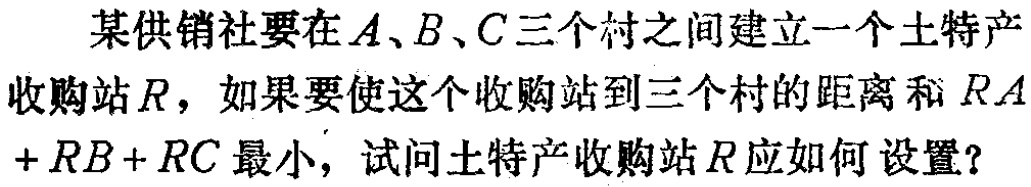
某供销社要在\(A\)、\(B\)、\(C\)三个村之间建立一个土特产收购站\(R\)，如果要使这个收购站到三个村的距离和\(RA + RB + RC\)最小，试问土特产收购站\(R\)应如何设置？